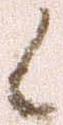
候